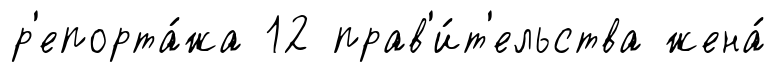
р'епорта́жа 12 прав'и́т'ельства жена́